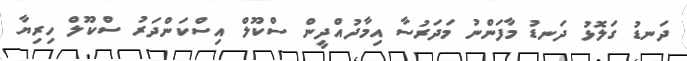
ދަނޑު ގަލޮޅު ދަނޑު މާފަންނު މަދަރުސާ އިމާދުއްދީން ސްކޫލް އިސްކަންދަރު ސްކޫލް ހިރިޔާ